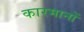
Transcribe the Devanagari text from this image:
कारमानों